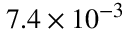
7 . 4 \times 1 0 ^ { - 3 }